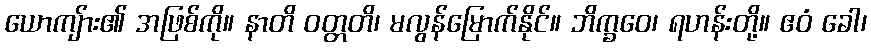
ယောကျ်ား၏ အဖြစ်ကို။ နာတိ ဝတ္တတိ၊ မလွန်မြောက်နိုင်။ ဘိက္ခဝေ၊ ရဟန်းတို့။ ဧဝံ ခေါ၊